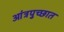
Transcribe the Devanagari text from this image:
आंत्रपुच्छात